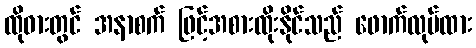
ထိုဓားတွင် အနာစက် ဖြင့်အစားထိုးနိုင်သည် ဖောက်လုပ်ထား